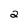
Character: 2